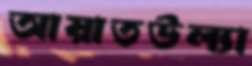
আয়াতউল্যা